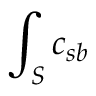
\int _ { S } c _ { s b }